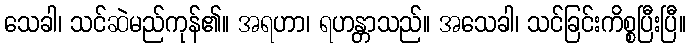
သေခါ၊ သင်ဆဲမည်ကုန်၏။ အရဟာ၊ ရဟန္တာသည်။ အသေခါ၊ သင်ခြင်းကိစ္စပြီးပြီ။